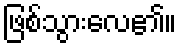
ဖြစ်သွားလေ၏။